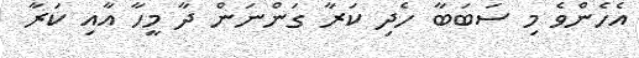
އެހެންވެ މި ސަބަބާ ހެދި ކަރާ ގަންނަން ދާ މީހާ އާއި ކަރާ